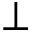
\perp